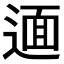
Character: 𨕂